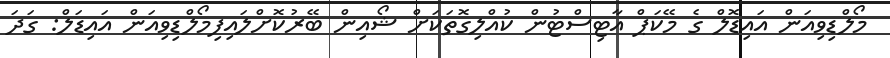
މޯލްޑިވިއަން އައިޑޮލް ގެ މޭކަޕް އާޓިސްޓުން ކުއްލިގޮތަކަށް ޝޯއިން ބޭރުކޮށްލައިފިމޯލްޑިވިއަން އައިޑަލް: ގަދަ